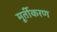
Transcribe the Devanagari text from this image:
मूर्तीकरण